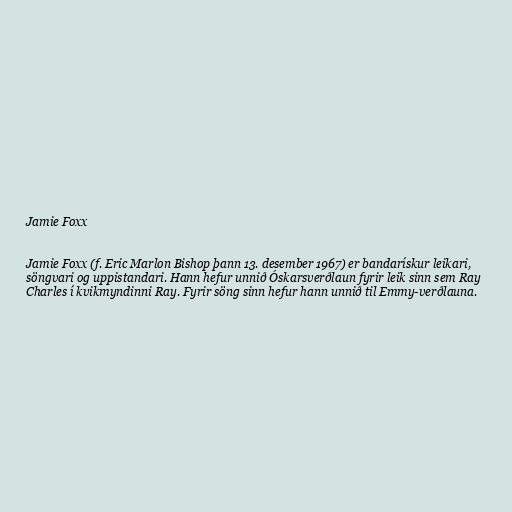
Jamie Foxx

Jamie Foxx (f. Eric Marlon Bishop þann 13. desember 1967) er bandarískur leikari,
söngvari og uppistandari. Hann hefur unnið Óskarsverðlaun fyrir leik sinn sem Ray
Charles í kvikmyndinni Ray. Fyrir söng sinn hefur hann unnið til Emmy-verðlauna.